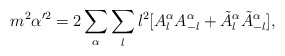
\begin{align*}m^2\alpha'^2=2\sum_\alpha\sum_{l}l^2[A^\alpha_{l}A^\alpha_{-l}+\tilde{A}^\alpha_{l}\tilde{A}^\alpha_{-l}],\end{align*}